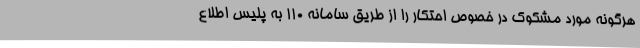
هرگونه مورد مشکوک در خصوص احتکار را از طریق سامانه 110 به پلیس اطلاع